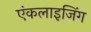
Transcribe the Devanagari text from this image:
एंकलाइजिंग